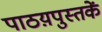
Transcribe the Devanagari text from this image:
पाठय़पुस्तकें